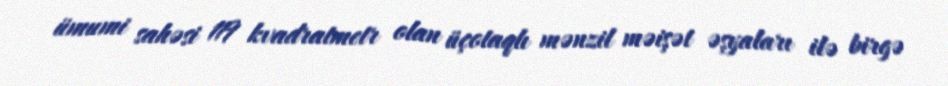
ümumi sahəsi 119 kvadratmetr olan üçotaqlı mənzil məişət əşyaları ilə birgə